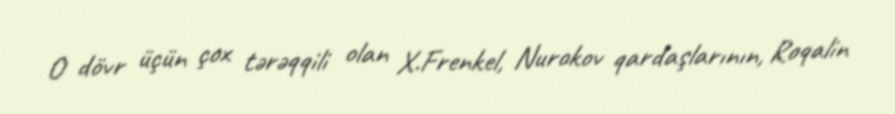
O dövr üçün çox tərəqqili olan X.Frenkel, Nurokov qardaşlarının, Roqalin